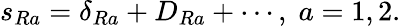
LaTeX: s_{Ra}=\delta_{Ra}+D_{Ra}+\cdots,\; a=1,2.